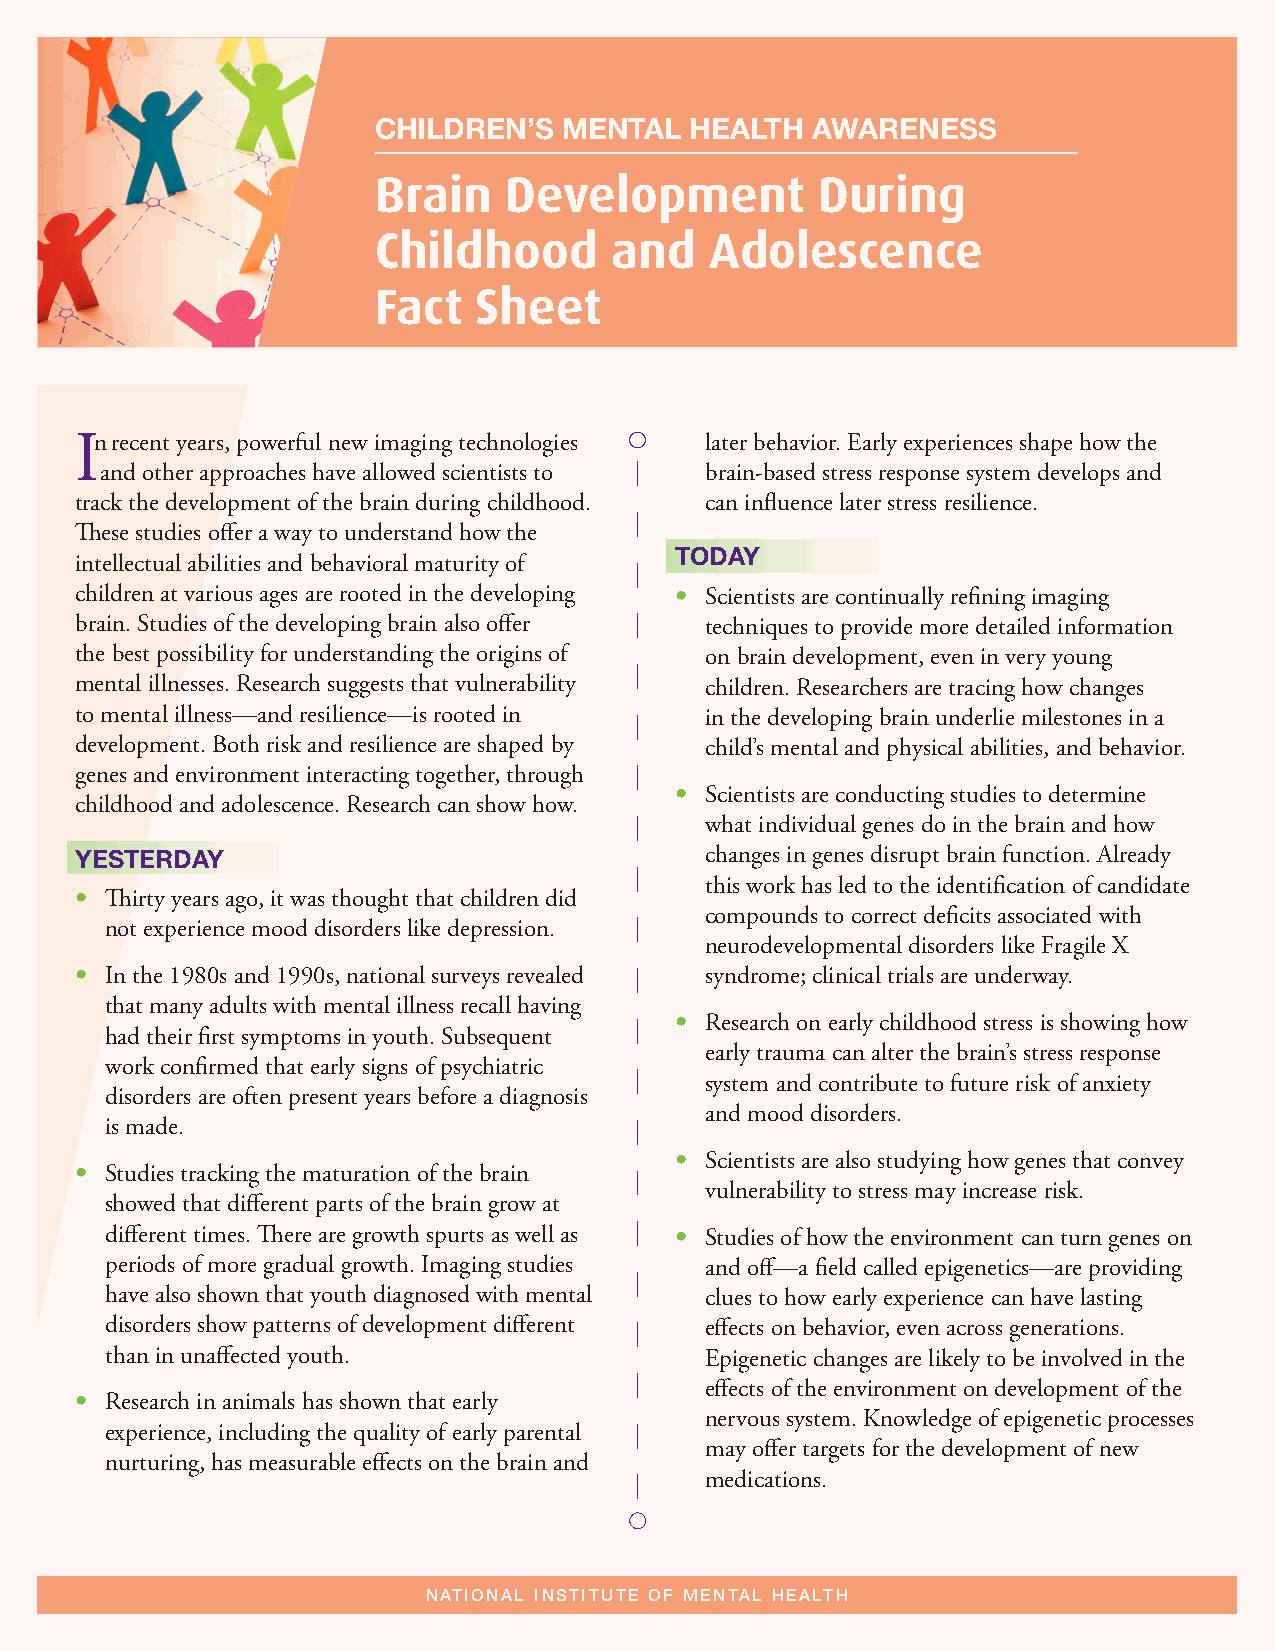
Children’s  Mental   health  awareness
 Brain   Development          During
 Childhood      and    Adolescence
 Fact  Sheet
 In recent years, powerful new imaging technologies later behavior. Early experiences shape how the
 and other approaches have allowed scientists to brain-based stress response system develops and
 track the development of the brain during childhood. can influence later stress resilience.
 These studies offer a way to understand how the
 todaY
 intellectual abilities and behavioral maturity of
 children at various ages are rooted in the developing • Scientists are continually refining imaging
 brain. Studies of the developing brain also offer techniques to provide more detailed information
 the best possibility for understanding the origins of on brain development, even in very young
 mental illnesses. Research suggests that vulnerability children. Researchers are tracing how changes
 to mental illness—and resilience—is rooted in in the developing brain underlie milestones in a
 development. Both risk and resilience are shaped by child’s mental and physical abilities, and behavior.
 genes and environment interacting together, through
 • Scientists are conducting studies to determine
 childhood and adolescence. Research can show how.
 what individual genes do in the brain and how
 YesterdaY                                 changes in genes disrupt brain function. Already
 this work has led to the identification of candidate
 • Thirty years ago, it was thought that children did
 compounds to correct deficits associated with
 not experience mood disorders like depression.
 neurodevelopmental disorders like Fragile X
 • In the 1980s and 1990s, national surveys revealed syndrome; clinical trials are underway.
 that many adults with mental illness recall having
 • Research on early childhood stress is showing how
 had their first symptoms in youth. Subsequent
 early trauma can alter the brain’s stress response
 work confirmed that early signs of psychiatric
 system and contribute to future risk of anxiety
 disorders are often present years before a diagnosis
 and mood disorders.
 is made.
 • Scientists are also studying how genes that convey
 • Studies tracking the maturation of the brain
 vulnerability to stress may increase risk.
 showed that different parts of the brain grow at
 different times. There are growth spurts as well as • Studies of how the environment can turn genes on
 periods of more gradual growth. Imaging studies and off—a field called epigenetics—are providing
 have also shown that youth diagnosed with mental clues to how early experience can have lasting
 disorders show patterns of development different effects on behavior, even across generations.
 than in unaffected youth.               Epigenetic changes are likely to be involved in the
 effects of the environment on development of the
 • Research in animals has shown that early
 nervous system. Knowledge of epigenetic processes
 experience, including the quality of early parental
 may offer targets for the development of new
 nurturing, has measurable effects on the brain and
 medications.
 N at i o N a l i N s t i t u t e o f M e N ta l H e a lt H